Report on sanitation, dispensaries, and jails in Rajputana for 1918, and on vaccination for the year 1918-1919 - 1918-1919
Year: 1918
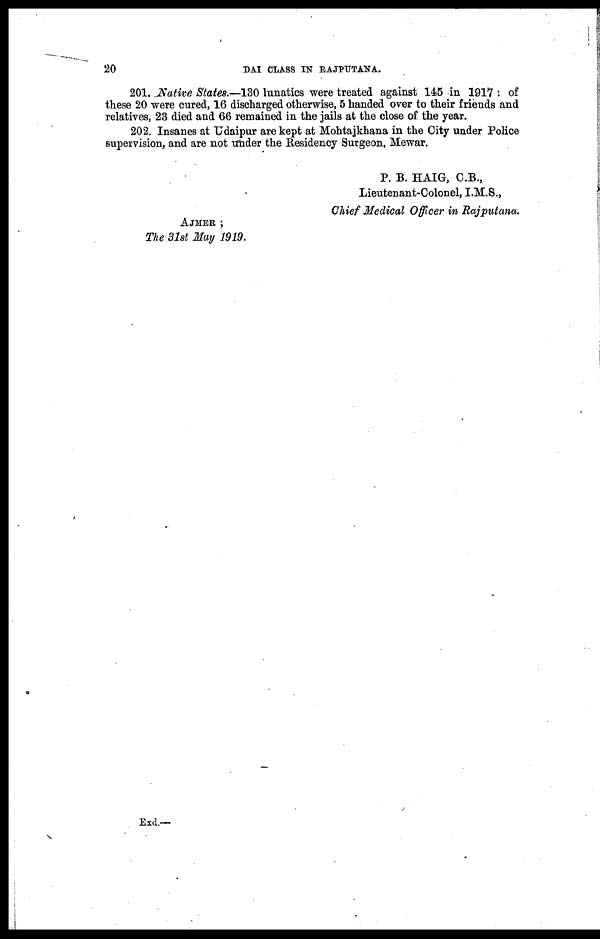
20
DAI CLASS IN RAJPUTANA.
201. Native States.—130 lunatics were treated against 145 in 1917 : of
these 20 were cured, 16 discharged otherwise, 5 handed over to their friends and
relatives, 23 died and 66 remained in the jails at the close of the year.
202. Insanes at Udaipur are kept at Mohtajkhana in the City under Police
supervision, and are not under the Residency Surgeon, Mewar.
P. B. HAIG, C.B.,
Lieutenant-Colonel, I.M.S.,
Chief Medical Officer in Rajputana.
AJMER ;
The 31st May 1919.
Exd.—